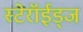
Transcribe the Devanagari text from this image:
स्टेरॉईड्ज